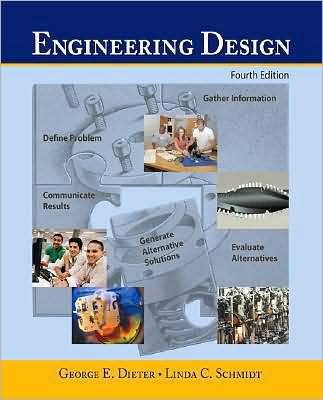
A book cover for G.Dieter's Li.Schmidt's Engineering 4th (Fourth) edition(Engineering Design (Engineering Series) [Hardcover])(2008); G.Dieter Li.Schmidt; Engineering & Transportation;